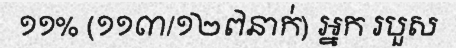
១១% (១១៣/១២៧នាក់) អ្នក របួស